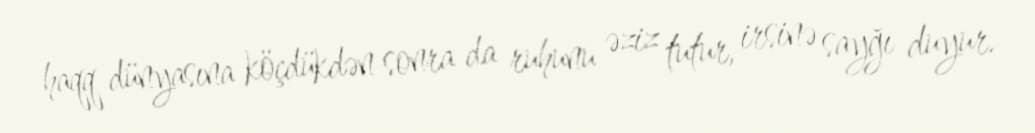
haqq dünyasına köçdükdən sonra da ruhunu əziz tutur, irsinə sayğı duyur.